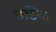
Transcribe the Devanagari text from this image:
छडिया